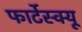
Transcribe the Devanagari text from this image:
फार्टेस्क्यू